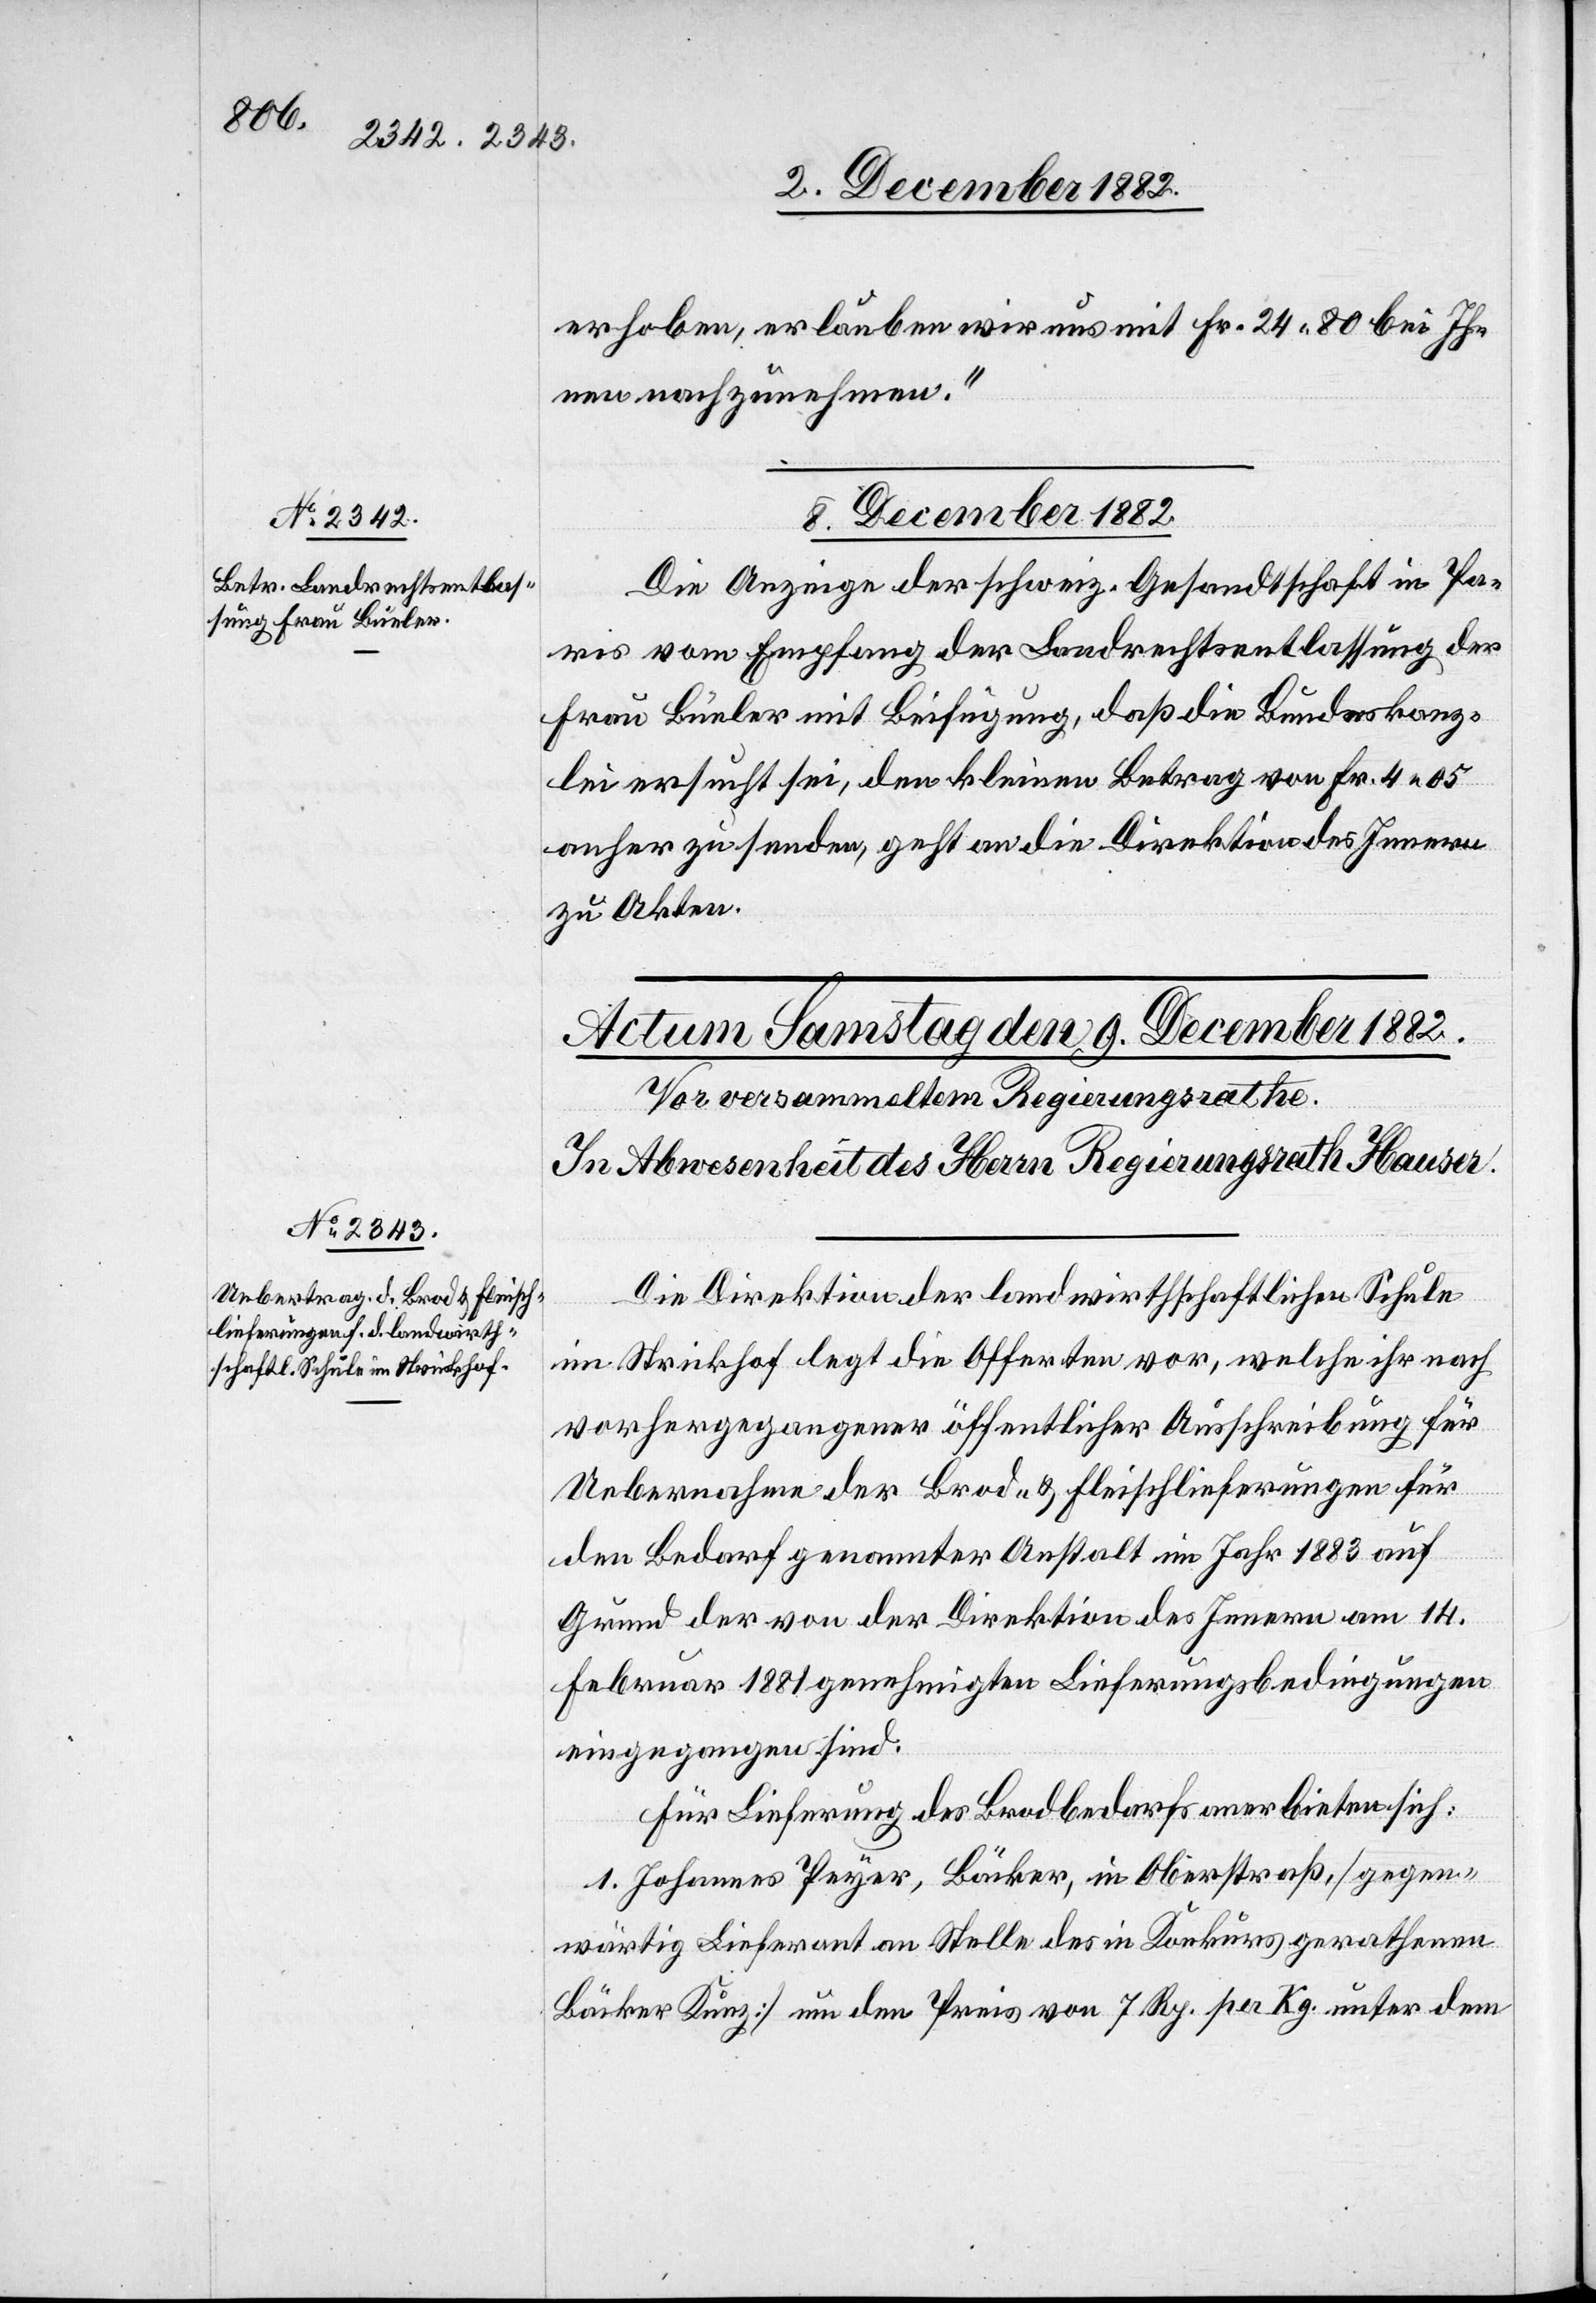
erhoben, erlauben wir uns mit Fr. 24 80 bei Ih¬
nen nachzunehmen.“
8. December 1882.
Die Anzeige der schweiz. Gesandtschaft in Pa¬
ris vom Empfang der Landrechtsentlassung der
Frau Büeler mit Beifügung, daß die Bundeskanz¬
lei ersucht sei, den kleinen Betrag von Fr. 4 05
anher zu senden, geht an die Direktion des Innern
zu Akten.
Die Direktion der landwirthschaftlichen Schule
im Strickhof legt die Offerten vor, welche ihr nach
vorhergegangener öffentlicher Ausschreibung für
Uebernahme der Brod- & Fleischlieferungen für
den Bedarf genannter Anstalt im Jahr 1883 auf
Grund der von der Direktion des Innern am 14.
Februar 1881 genehmigten Lieferungsbedingungen
eingegangen sind.
Für Lieferung des Brodbedarfs anerbieten sich:
1. Johannes Peyer, Bäcker, in Oberstraß, [gegen¬
wärtig Lieferant an Stelle des in Konkurs gerathenen
Bäcker Kunz] um den Preis von 7 Rp. per Kg. unter dem